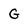
Character: G